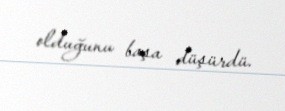
olduğunu başa düşürdü.